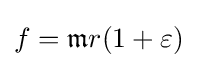
f={\mathfrak {m}}r(1+\varepsilon )